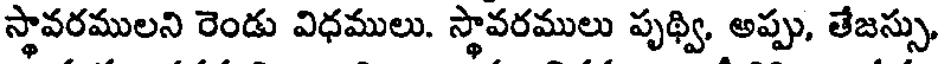
స్థావరములని రెండు విధములు. స్థావరములు పృథ్వి, అప్పు, తేజస్సు,